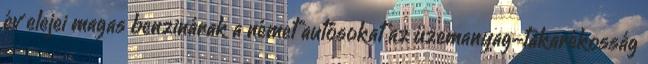
év elejei magas benzinárak a német autósokat az üzemanyag-takarékosság